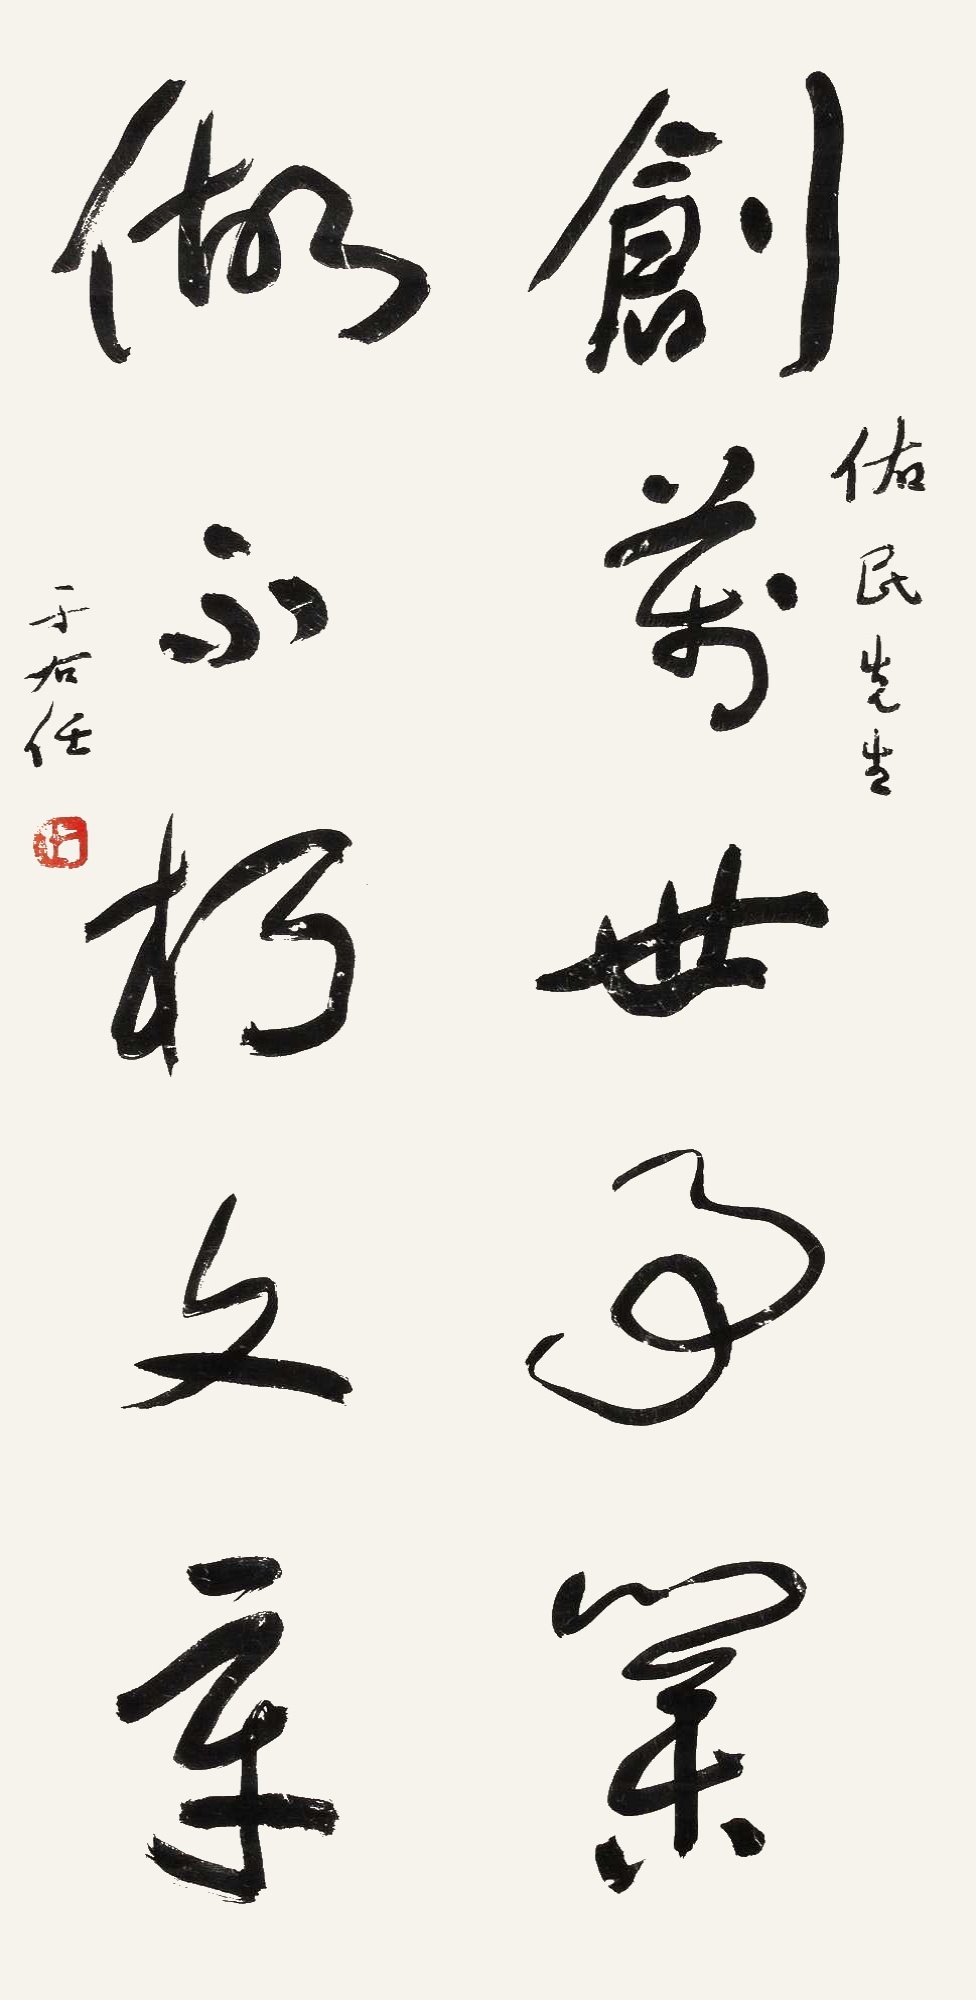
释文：创万世事业，做不朽文章。佑民先生，于右任。